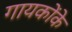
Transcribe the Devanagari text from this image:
गायकोंके